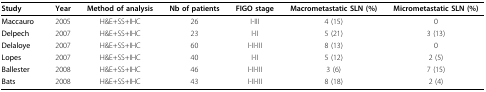
<table><thead><tr><td><b>Study</b></td><td><b>Year</b></td><td><b>Method of analysis</b></td><td><b>Nb of patients</b></td><td><b>FIGO stage</b></td><td><b>Macrometastatic SLN (%)</b></td><td><b>Micrometastatic SLN (%)</b></td></tr></thead><tbody><tr><td><b>Maccauro</b></td><td>2005</td><td>H&amp;E+SS+IHC</td><td>26</td><td>I-III</td><td>4 (15)</td><td>0</td></tr><tr><td><b>Delpech</b></td><td>2007</td><td>H&amp;E+SS+IHC</td><td>23</td><td>I-II</td><td>5 (21)</td><td>3 (13)</td></tr><tr><td><b>Delaloye</b></td><td>2007</td><td>H&amp;E+SS+IHC</td><td>60</td><td>I-II-III</td><td>8 (13)</td><td>0</td></tr><tr><td><b>Lopes</b></td><td>2007</td><td>H&amp;E+SS+IHC</td><td>40</td><td>I-II</td><td>5 (12)</td><td>2 (5)</td></tr><tr><td><b>Ballester</b></td><td>2008</td><td>H&amp;E+SS+IHC</td><td>46</td><td>I-II-III</td><td>3 (6)</td><td>7 (15)</td></tr><tr><td><b>Bats</b></td><td>2008</td><td>H&amp;E+SS+IHC</td><td>43</td><td>I-II-III</td><td>8 (18)</td><td>2 (4)</td></tr></tbody></table>